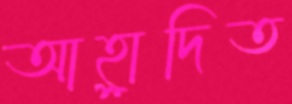
আহ্লাদিত